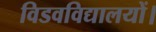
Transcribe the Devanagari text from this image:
विडवविद्यालयों।